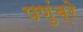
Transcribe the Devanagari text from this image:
पणुंब्रे